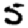
Digit: 5